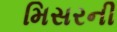
મિસરની